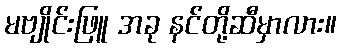
မဗျိုင်းဖြူ အခု နင်တို့ဆီမှာလား။